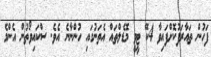
ފަހުން ތައާރަފުކޮށްފައިވާ 4ކޭ ޓީވީ މޮޑެލްތައް އެތަނުގައި ހުންނާނެ އެވެ. ސްކައިވޯތުން އެންމެ